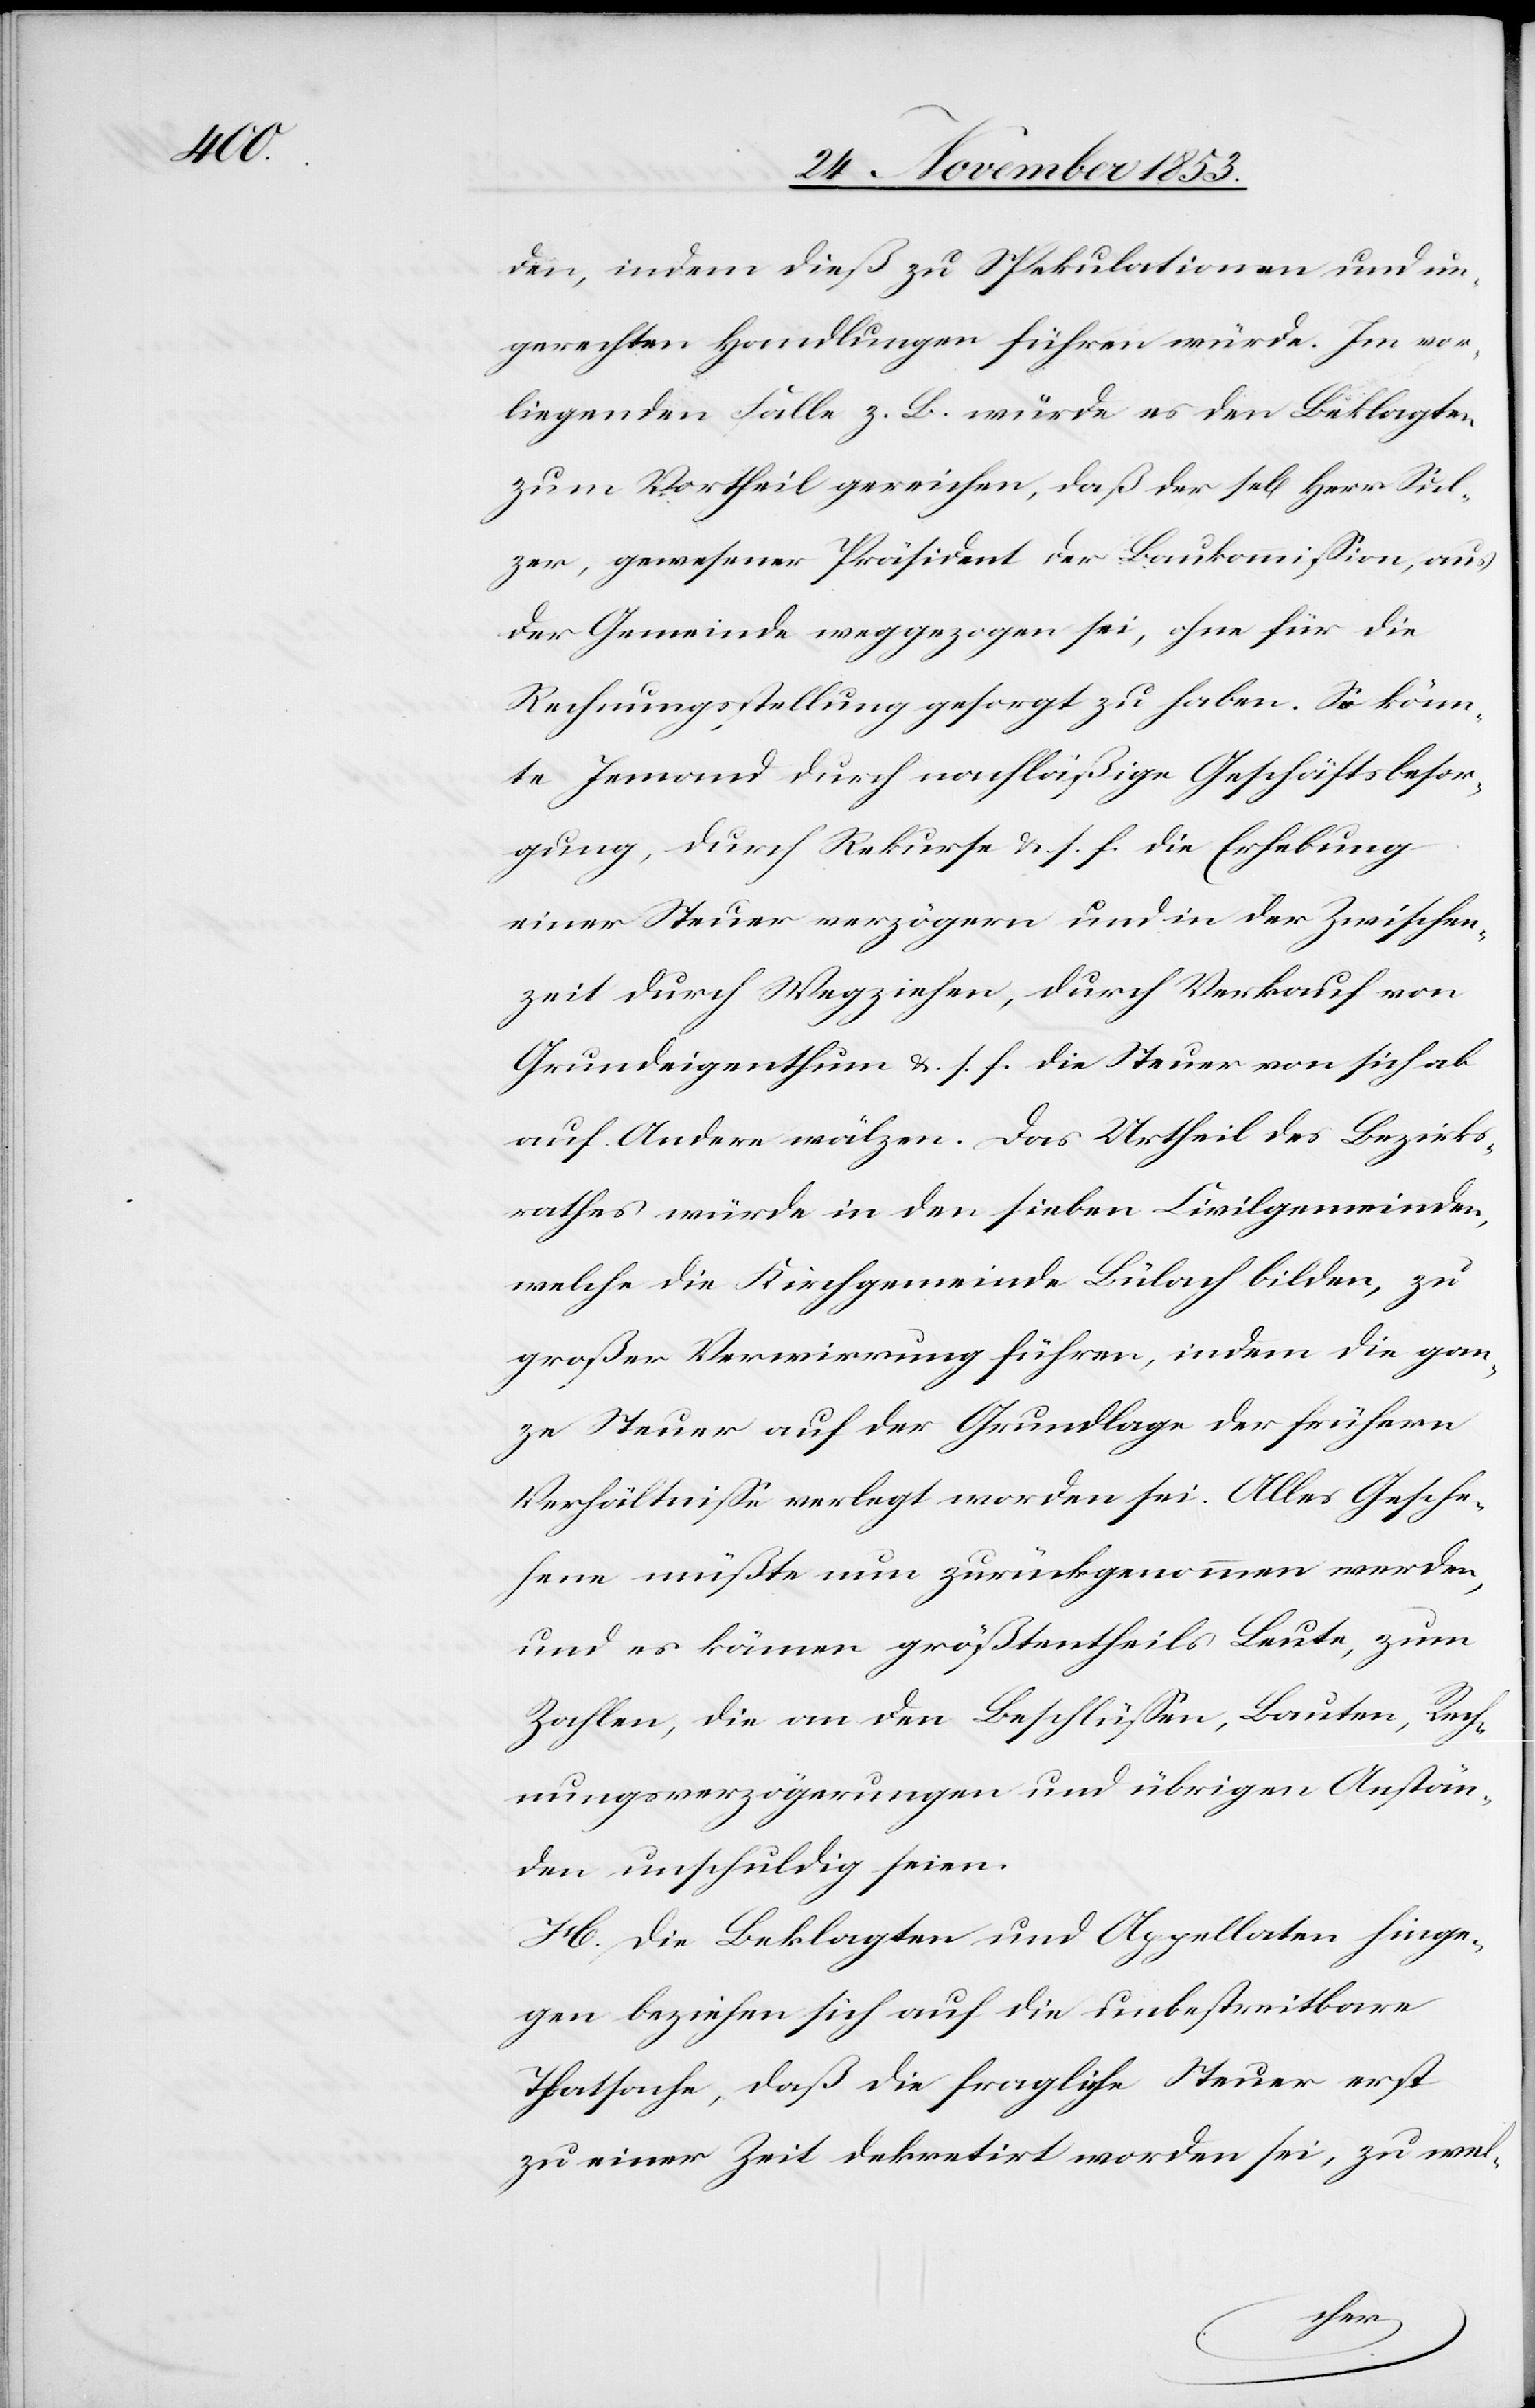
den, indem dieß zu Spekulationen und un¬
gerechten Handlungen führen würde. Im vor¬
liegenden Falle z. B. würde es den Beklagten
zum Vortheil gereichen, daß der sel[ige] Herr Sul¬
zer, gewesener Präsident der Baukommißion, aus
der Gemeinde weggezogen sei, ohne für die
Rechnungsstellung gesorgt zu haben. So könn¬
te Jemand durch nachläßige Geschäftsbesor¬
gung, durch Rekurse u. s. f. die Erhebung
einer Steuer verzögern und in der Zwischen¬
zeit durch Wegziehen, durch Verkauf von
Grundeigenthum u. s. f. die Steuer von sich ab
auf Andere wälzen. Das Urtheil des Bezirks¬
rathes würde in den sieben Civilgemeinden,
welche die Kirchgemeinde Bülach bilden, zu
großer Verwirrung führen, indem die gan¬
ze Steuer auf der Grundlage der frühern
Verhältniße verlegt worden sei. Alles Gesche¬
hene müßte nun zurückgenommen werden,
und es kämen größtentheils Leute, zum
Zahlen, die an den Beschlüßen, Bauten, Rech¬
nungsverzögerungen und übrigen Anstän¬
den unschuldig seien.
H. Die Beklagten und Appellaten hinge¬
gen beziehen sich auf die unbestreitbare
Thatsache, daß die fragliche Steuer erst
zu einer Zeit dekretirt worden sei, zu wel-